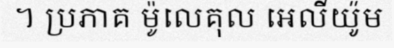
។ ប្រភាគ ម៉ូលេគុល អេលីយ៉ូម